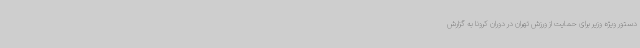
دستور ویژه وزیر برای حمایت از ورزش تهران در دوران کرونا به گزارش